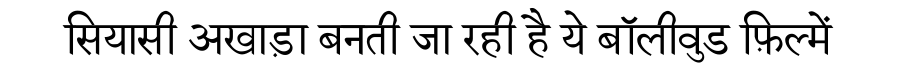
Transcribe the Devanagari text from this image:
सियासी अखाड़ा बनती जा रही है ये बॉलीवुड फ़िल्में